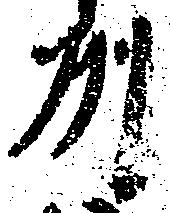
州